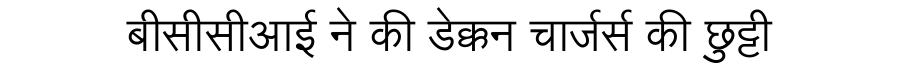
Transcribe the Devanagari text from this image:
बीसीसीआई ने की डेक्कन चार्जर्स की छुट्टी